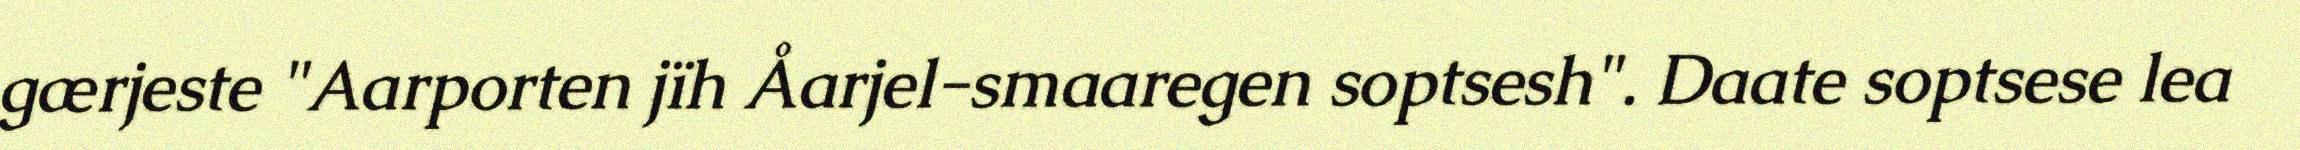
gærjeste "Aarporten jïh Åarjel-smaaregen soptsesh". Daate soptsese lea